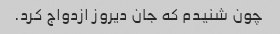
چون شنیدم که جان دیروز ازدواج کرد.